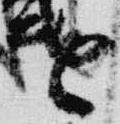
遣